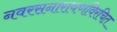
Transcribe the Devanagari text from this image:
नवरसनारायणविरचित